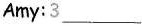
Amy:3___